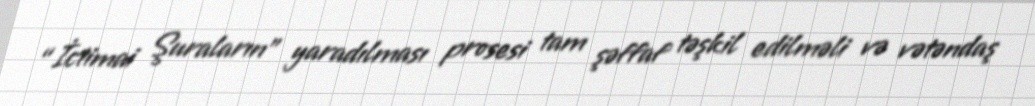
“İctimai Şuraların” yaradılması prosesi tam şəffaf təşkil edilməli və vətəndaş